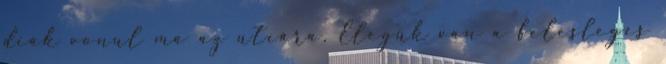
diák vonul ma az utcára. Elegük van a felesleges